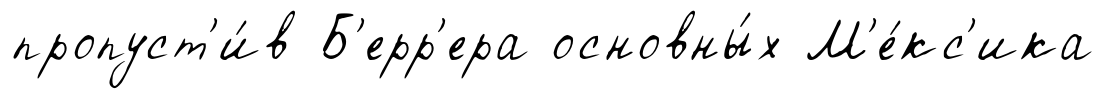
пропуст'и́в Б'ерр'ера основны́х М'е́кс'ика